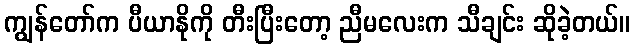
ကျွန်တော်က ပီယာနိုကို တီးပြီးတော့ ညီမလေးက သီချင်း ဆိုခဲ့တယ်။